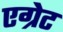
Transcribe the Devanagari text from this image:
एग्रेट